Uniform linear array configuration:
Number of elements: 64
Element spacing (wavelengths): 0.25
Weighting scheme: hann
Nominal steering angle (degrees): -30
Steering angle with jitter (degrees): -31.452
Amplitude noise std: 0.05
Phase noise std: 0.05

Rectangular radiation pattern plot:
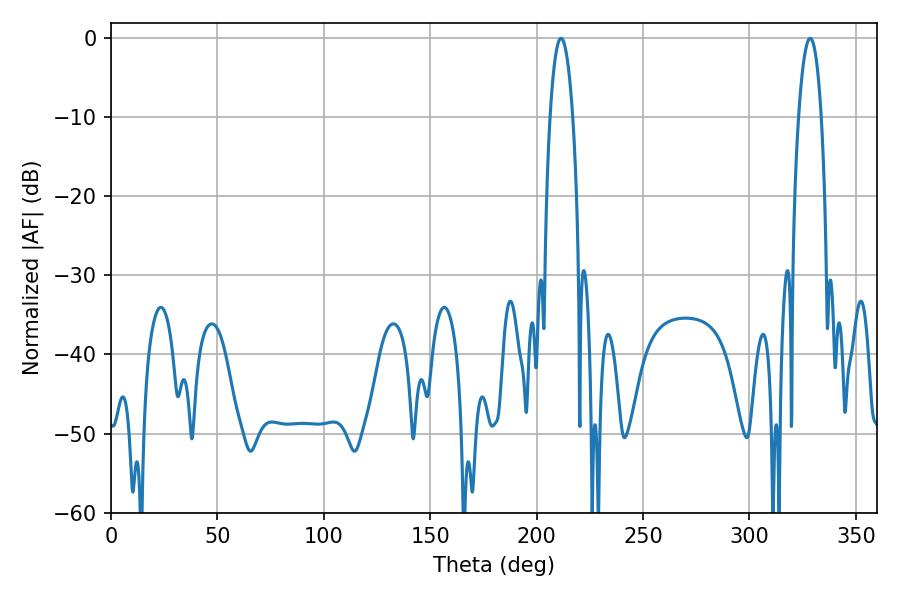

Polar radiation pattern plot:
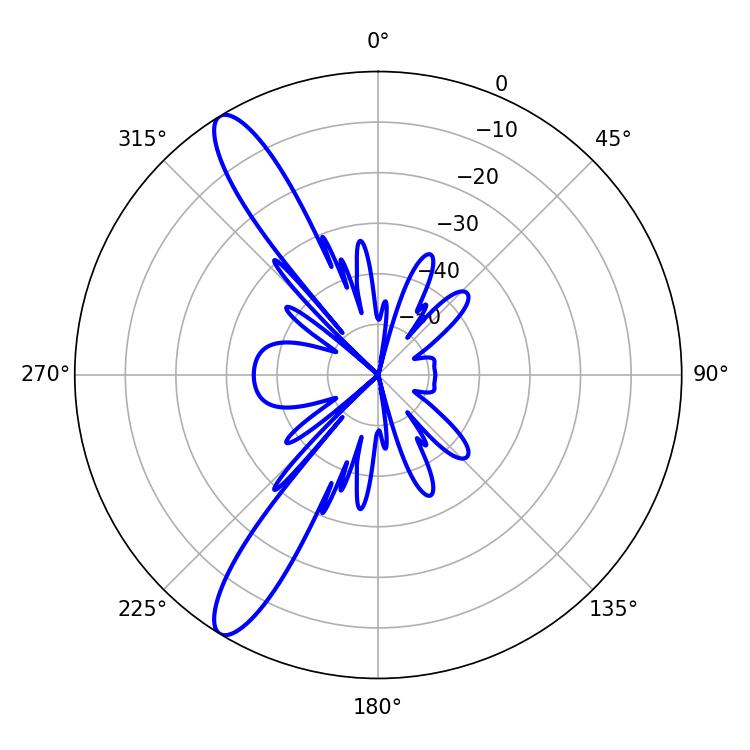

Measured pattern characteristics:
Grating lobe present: FALSE
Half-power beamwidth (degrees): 5.94
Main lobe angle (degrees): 328.5